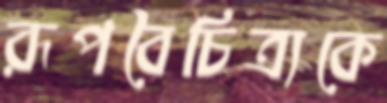
রূপবৈচিত্র্যকে